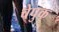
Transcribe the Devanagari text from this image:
चेपुक